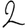
Digit: 2